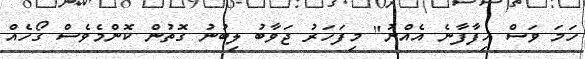
ހަމަ ވަސް ހިފާފާނެ އެއްނު" މިފަހަރު ޖަވާބު ލިބުނު ގޮތުން ކޮންމެވެސް ގޯހެއް